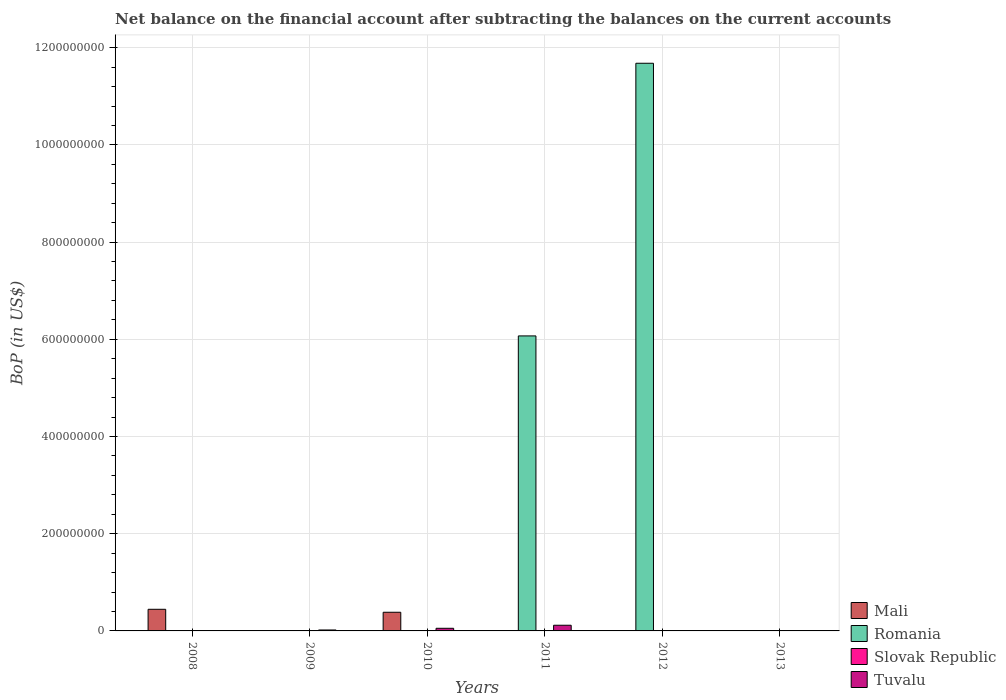
| Years | Mali | Romania | Slovak Republic | Tuvalu |
 | --- | --- | --- | --- | --- |
 | 2008 | 4.45e+07 | -1.98e+09 | -2.31e+09 | 6.64e+05 |
 | 2009 | -7.42e+07 | -1.66e+09 | -2.4e+09 | 1.93e+06 |
 | 2010 | 3.84e+07 | -7.3e+07 | -1.28e+09 | 5.42e+06 |
 | 2011 | -5.34e+07 | 6.07e+08 | -2.74e+09 | 1.17e+07 |
 | 2012 | -2.05e+07 | 1.17e+09 | -3.39e+09 | -2.12e+06 |
 | 2013 | -3.65e+07 | -4.14e+08 | -4.93e+09 | -3.15e+06 |